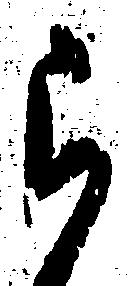
被